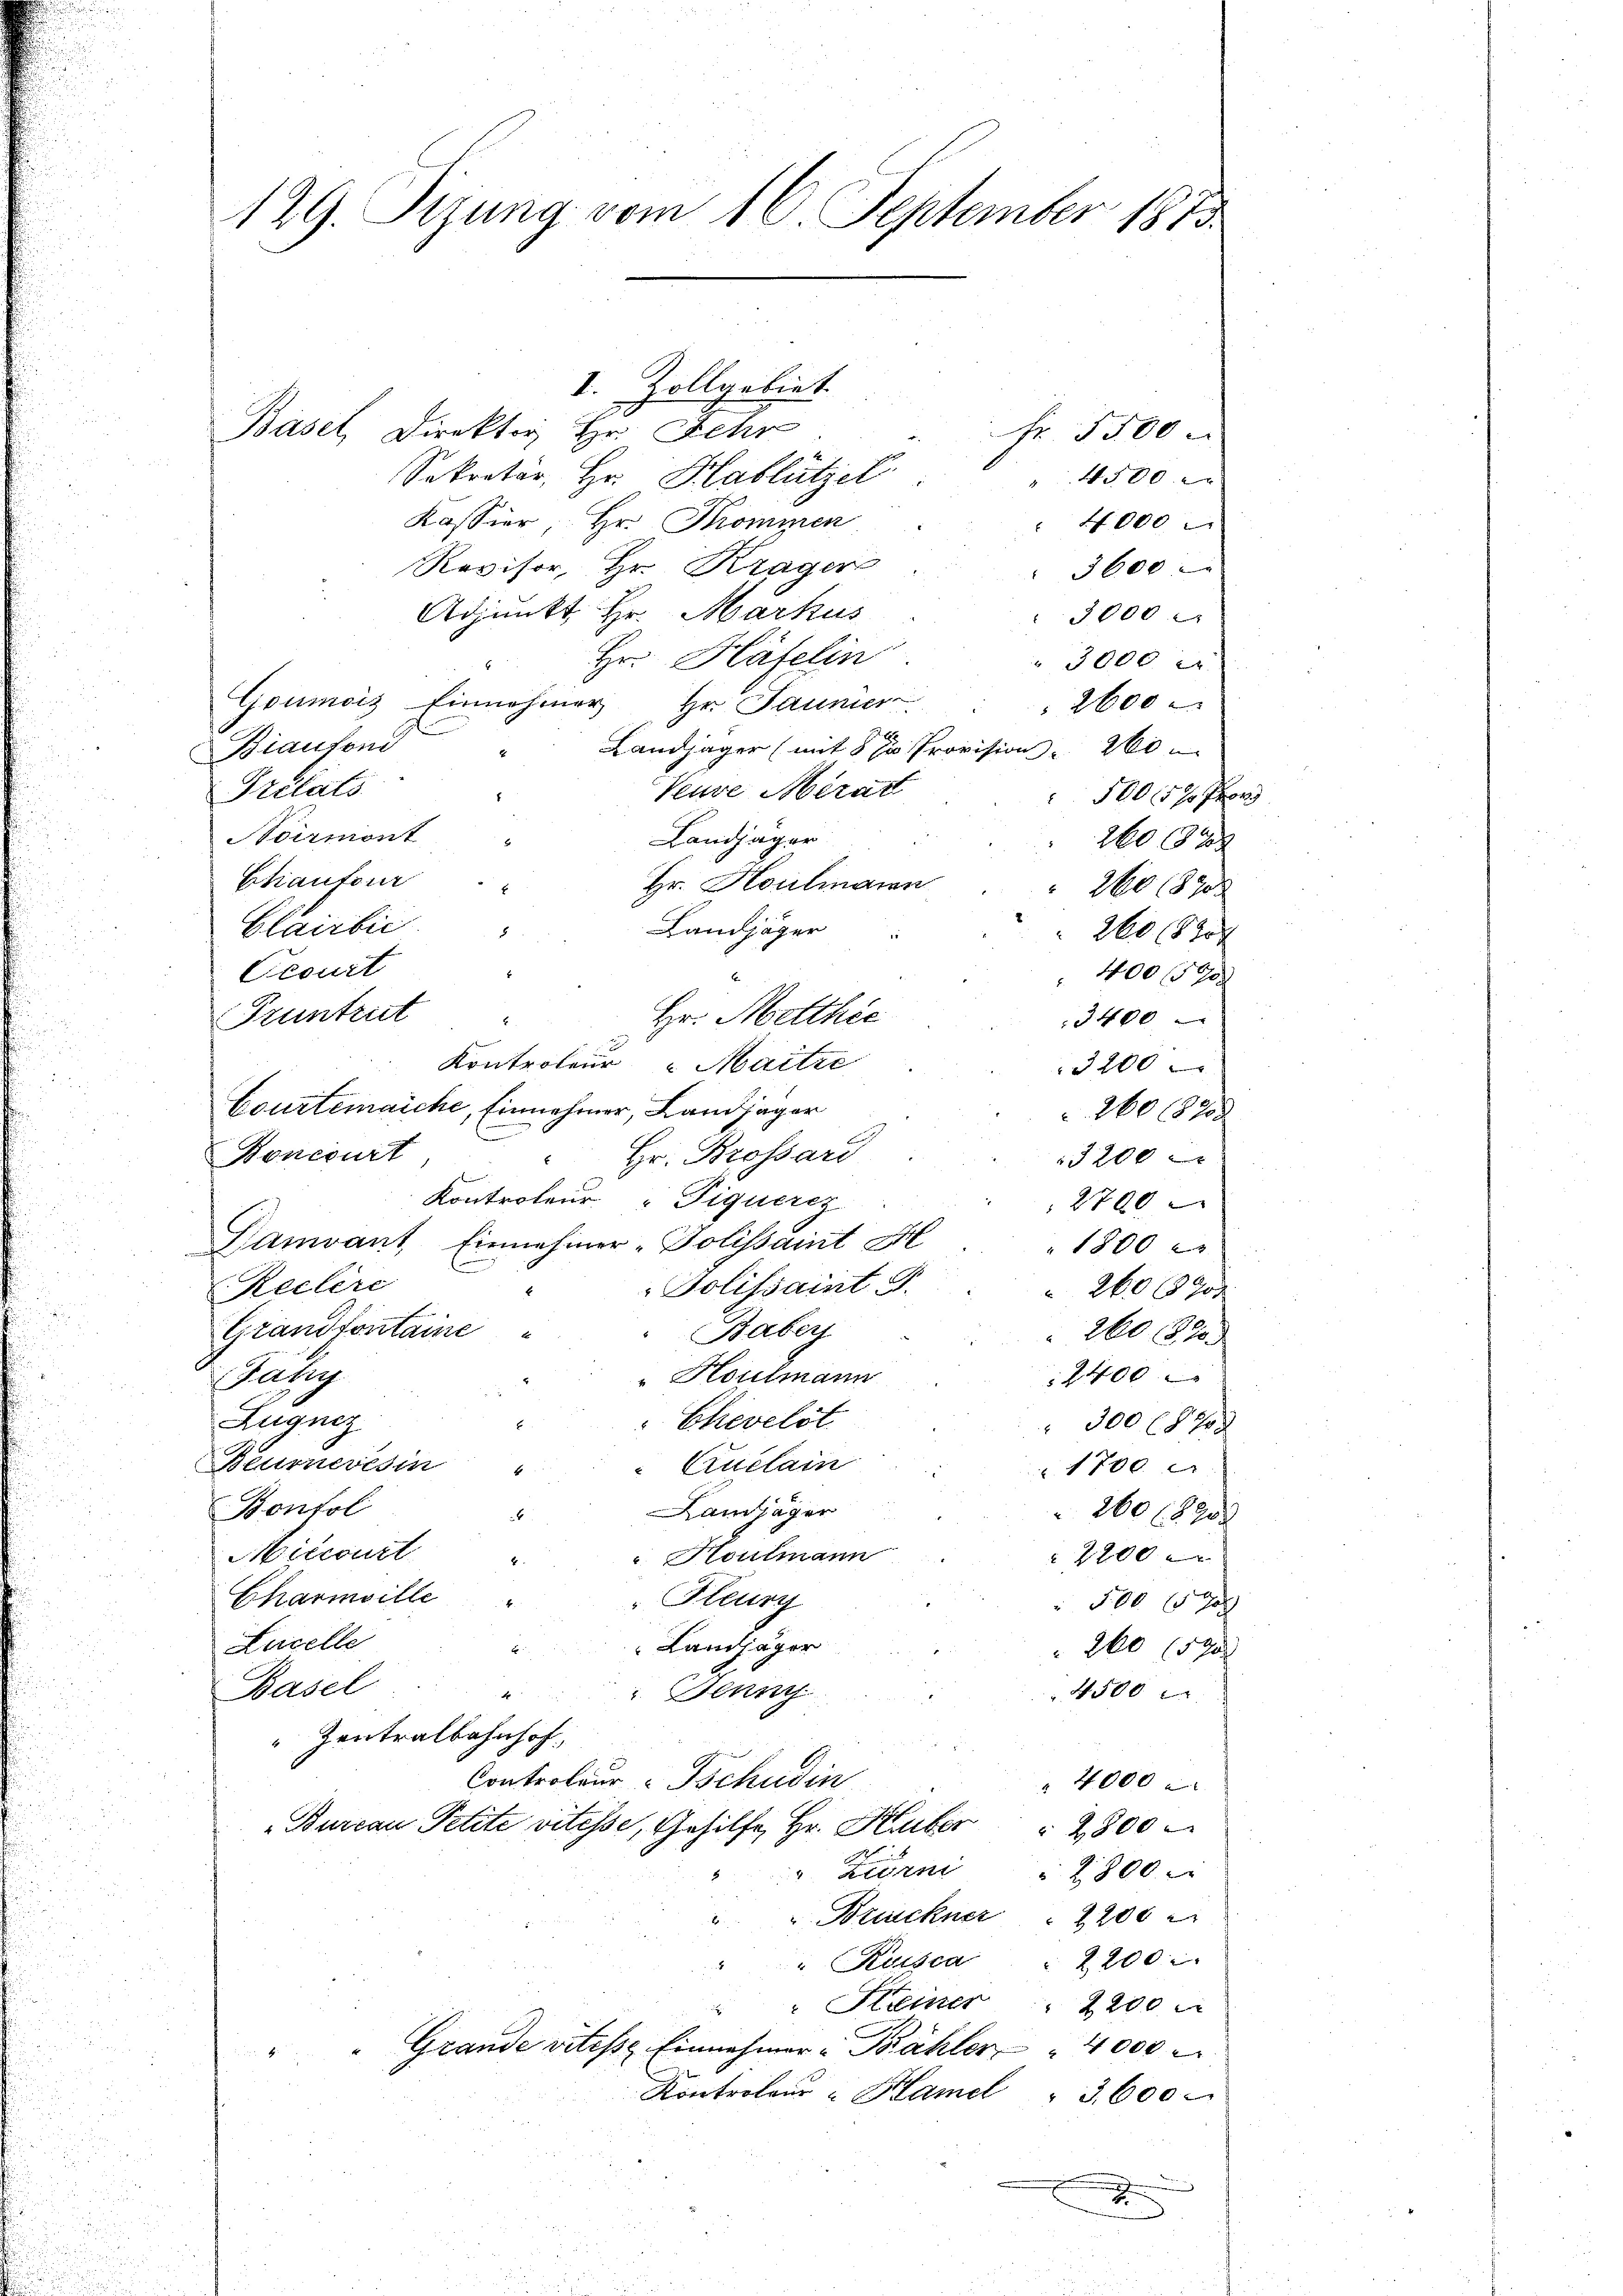
129. Sizung vom 16. September 1873

I. Zollgebiet.
Basel, Direktor Hr. Fehr
Fr. 5500
Sekretär, Hr. Hablützel
4500.
Kassier, Hr. Promiren
4000
Revisor, Hr. Krager
3600
Adjunkt Hr. Markus
3000
Hr. Häfelin
 3000
Goumois Einnehmer
Hr. Jaunier
2600
Biautoni
Landjäger (mit 5 % Provision 200
Trelats
Veure Mirat
5000
Noirmont
Landjäger
260 x
Etiautorr
Hr. Houlmann
2601870
Clairbie
Landjäger
8
260 (827
Ocourt
 400 F
E
Hr. Metthie
Pruntrut
3400
2
Kontroleur Maitre
3200
Courtenaiche, Einnehmer, Landjäger
260182
Roncourt
Hr. Brossari
3200
Kontroleur "Piquercz
2700
Gamvant Einnehmer-Polissaint St
1800
Dolissaint G.
Reclire
260700
Grandtontaine
Baber
260 82
"Houlmann
2400
Fatig
Zugnis
Ehevelst
300 (128
Beurneresin
Cuclain
1700
2
Kontol
Landjäger
260 f 20 x
Miecourt
Houtmann
2200 x
Charmoille
Fleur
 500 x
Licelle
Landjäger
260 (59
Basel
x
Senny
4500
" Zentralbahnhof,
Controleur- Tschudin
" 4000
Bureau Petite vitesse, Gehilfe, Hr. Huber " 2300
" Läden 2800
Bruckner  2200
" Kuisca " 2200
 " Kleiner
2200 x
Grande vitese Einnahmer-Bähler " 4000

Kontroleur - Hamel " 3600
u
x
u

29